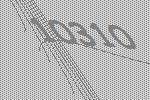
10310